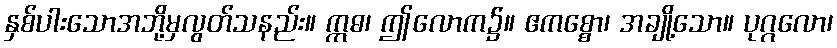
နှစ်ပါးသောအဘို့မှလွတ်သနည်း။ ဣဓ၊ ဤလောက၌။ ဧကစ္စော၊ အချို့သော။ ပုဂ္ဂလော၊